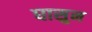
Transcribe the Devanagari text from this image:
घासुन